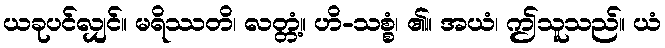
ယခုပင်လျှင်။ မရိဿတိ၊ လတ္တံ့။ ဟိ-သစ္စံ၊ ၏။ အယံ၊ ဤသူသည်။ ယံ